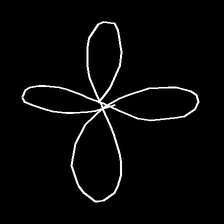
Glyph: billowing